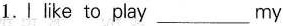
1.Ⅰlike to play___my